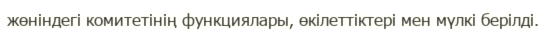
жөніндегі комитетінің функциялары, өкілеттіктері мен мүлкі берілді.